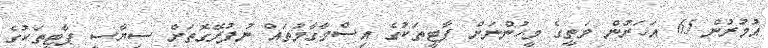
އުމުރުން 65 އަހަރުން މަތީގެ މީހުންނަށް ޕާޓީތަކުގެ އިސްމާގާމުތައް ނުފުރޭގޮތަށް ސިޔާސީ ޕާޓީތަކުގެ